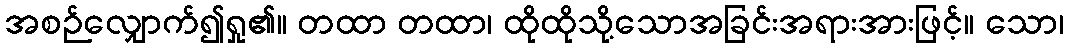
အစဉ်လျှောက်၍ရှု၏။ တထာ တထာ၊ ထိုထိုသို့သောအခြင်းအရားအားဖြင့်။ သော၊